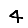
Digit: 4